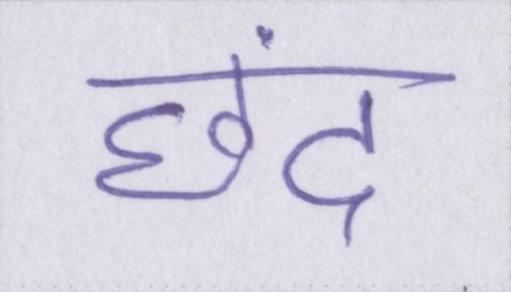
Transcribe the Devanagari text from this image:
छंद